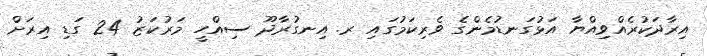
އިރާދަކުރެއްވިއްޔާ އަޅުގަނޑުމެންގެ ވެރިކަމުގައި ރ. އިނގުރާދޫ ސިއްހީ މަރުކަޒު 24 ގަޑި އިރަށް